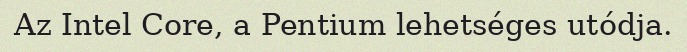
Az Intel Core, a Pentium lehetséges utódja.